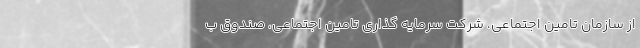
از سازمان تامین اجتماعی، شرکت سرمایه گذاری تامین اجتماعی، صندوق ب